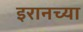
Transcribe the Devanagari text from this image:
इरानच्या